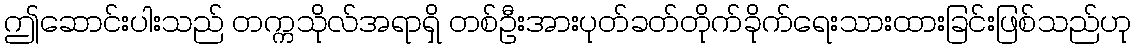
ဤဆောင်းပါးသည် တက္ကသိုလ်အရာရှိ တစ်ဦးအားပုတ်ခတ်တိုက်ခိုက်ရေးသားထားခြင်းဖြစ်သည်ဟု